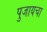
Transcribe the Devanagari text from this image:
पुजायचा